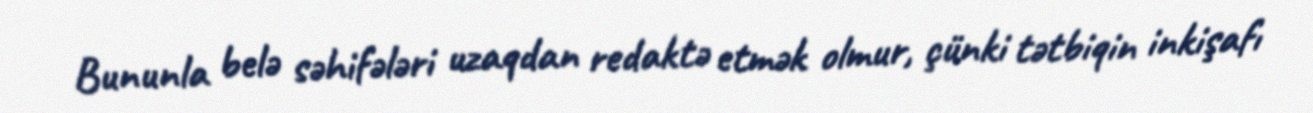
Bununla belə səhifələri uzaqdan redaktə etmək olmur, çünki tətbiqin inkişafı